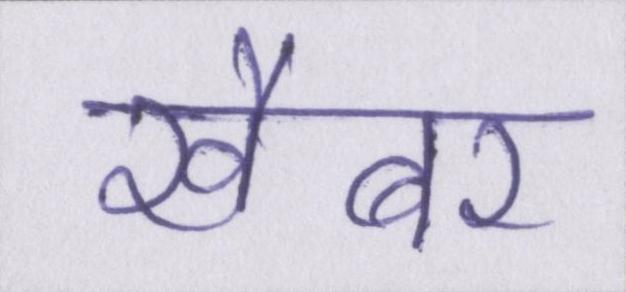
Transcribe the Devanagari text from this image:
खैबर